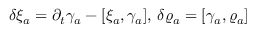
\delta \xi _ { a } = \partial _ { t } \gamma _ { a } - [ \xi _ { a } , \gamma _ { a } ] , \, \delta \varrho _ { a } = [ \gamma _ { a } , \varrho _ { a } ]